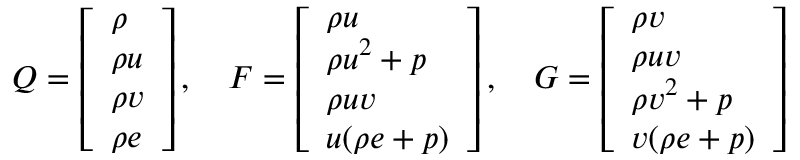
Q = \left[ \begin{array} { l } { \rho } \\ { \rho u } \\ { \rho v } \\ { \rho e } \end{array} \right] , \quad F = \left[ \begin{array} { l } { \rho u } \\ { \rho u ^ { 2 } + p } \\ { \rho u v } \\ { u ( \rho e + p ) } \end{array} \right] , \quad G = \left[ \begin{array} { l } { \rho v } \\ { \rho u v } \\ { \rho v ^ { 2 } + p } \\ { v ( \rho e + p ) } \end{array} \right]